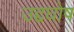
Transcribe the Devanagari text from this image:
उद्दघोष